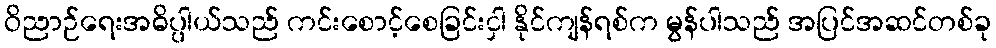
ဝိညာဉ်ရေးအဓိပ္ပါယ်သည် ကင်းစောင့်စေခြင်းငှါ နိုင်ကျန်ရစ်က မွန်ပါသည် အပြင်အဆင်တစ်ခု